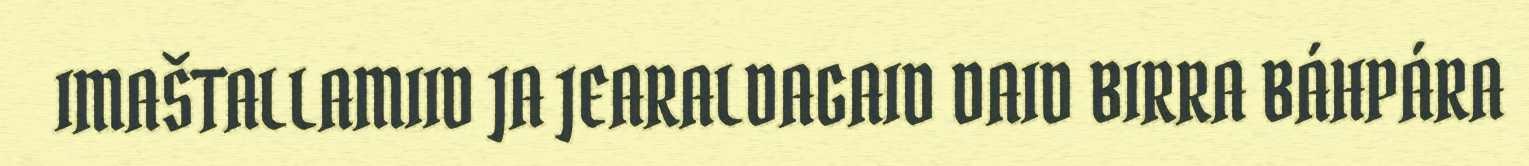
IMAŠTALLAMIID JA JEARALDAGAID DAID BIRRA BÁHPÁRA